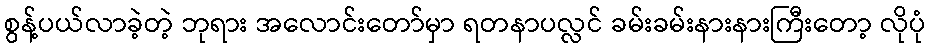
စွန့်ပယ်လာခဲ့တဲ့ ဘုရား အလောင်းတော်မှာ ရတနာပလ္လင် ခမ်းခမ်းနားနားကြီးတော့ လိုပုံ